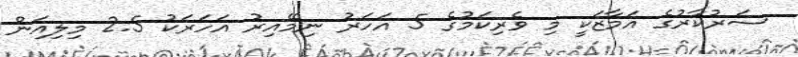
ސަރުކާރުގެ އަމާޒަކީ މި ވެރިކަމުގެ 5 އަހަރު ނިމޭއިރު އަހަރަކު 2.5 މިލިއަން